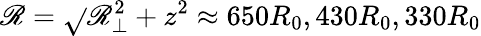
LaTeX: \mathscr{R}=\sqrt{}{{\mathscr{R}_{\perp}^{2}+z^{2}}}\approx650R_{0},430R_{0},330R_{0}